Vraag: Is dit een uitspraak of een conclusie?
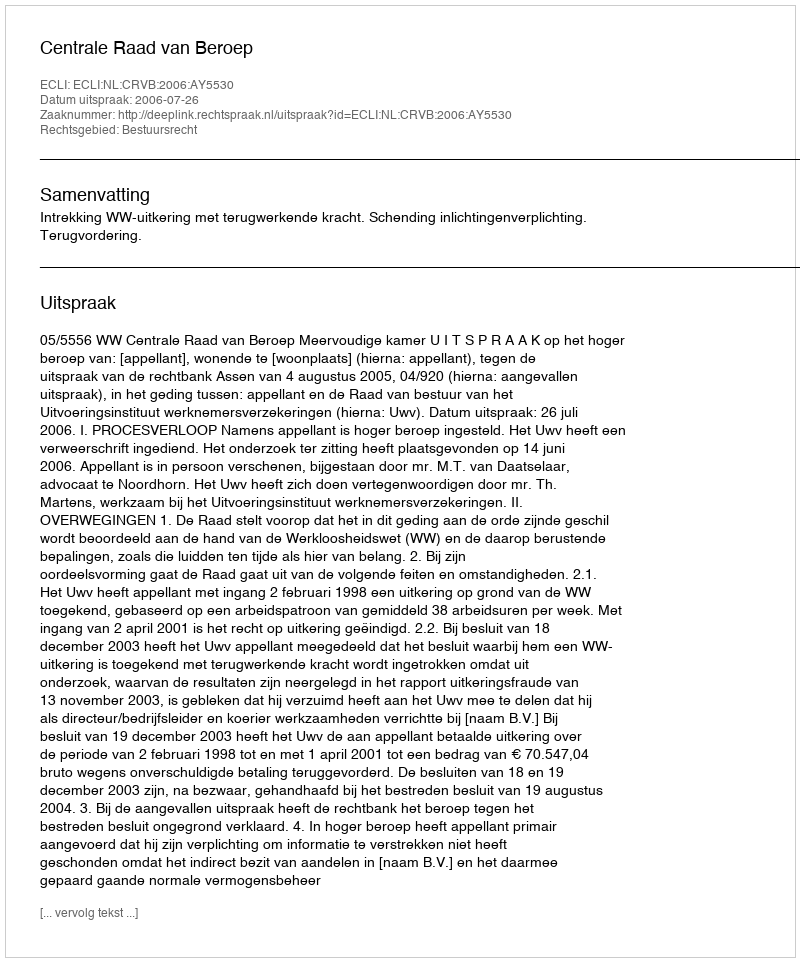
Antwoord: Uitspraak